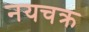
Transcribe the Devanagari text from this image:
नयचक्र